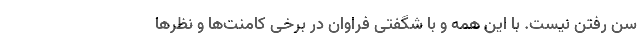
سن رفتن نیست. با این همه و با شگفتی فراوان در برخی کامنت‌ها و نظرها